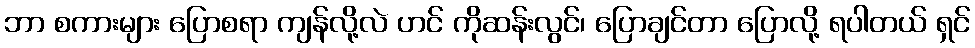
ဘာ စကားများ ပြောစရာ ကျန်လို့လဲ ဟင် ကိုဆန်းလွင်၊ ပြောချင်တာ ပြောလို့ ရပါတယ် ရှင်